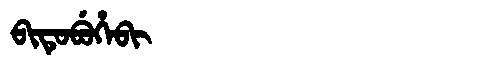
Manchu: ᠪᡳᡨᡠᠪᡠᡥᡝᠪᡳ
Romanization: BITUBUHEBI